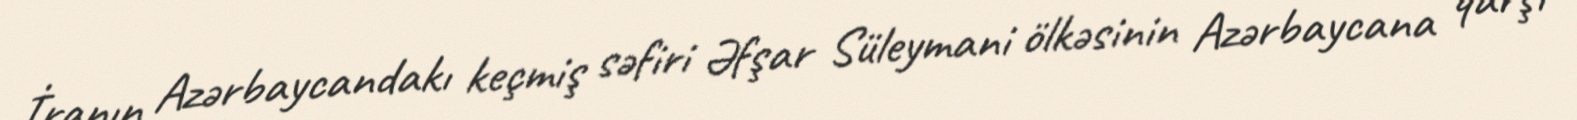
İranın Azərbaycandakı keçmiş səfiri Əfşar Süleymani ölkəsinin Azərbaycana qarşı